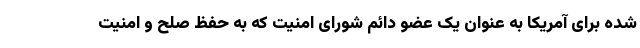
شده برای آمریکا به عنوان یک عضو دائم شورای امنیت که به حفظ صلح و امنیت